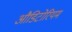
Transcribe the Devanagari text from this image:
औडिटोरियम